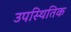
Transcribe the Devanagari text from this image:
उपस्थितिक